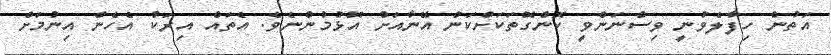
އަތުން ހިފާލެވުނީ ވިސްނަންވީ ކޮންގޮތަކަށްކަން އޭނާއަށް އޮޅުމުންނެވެ. އެތައް އިރަކު އެހެން އިނުމަށް